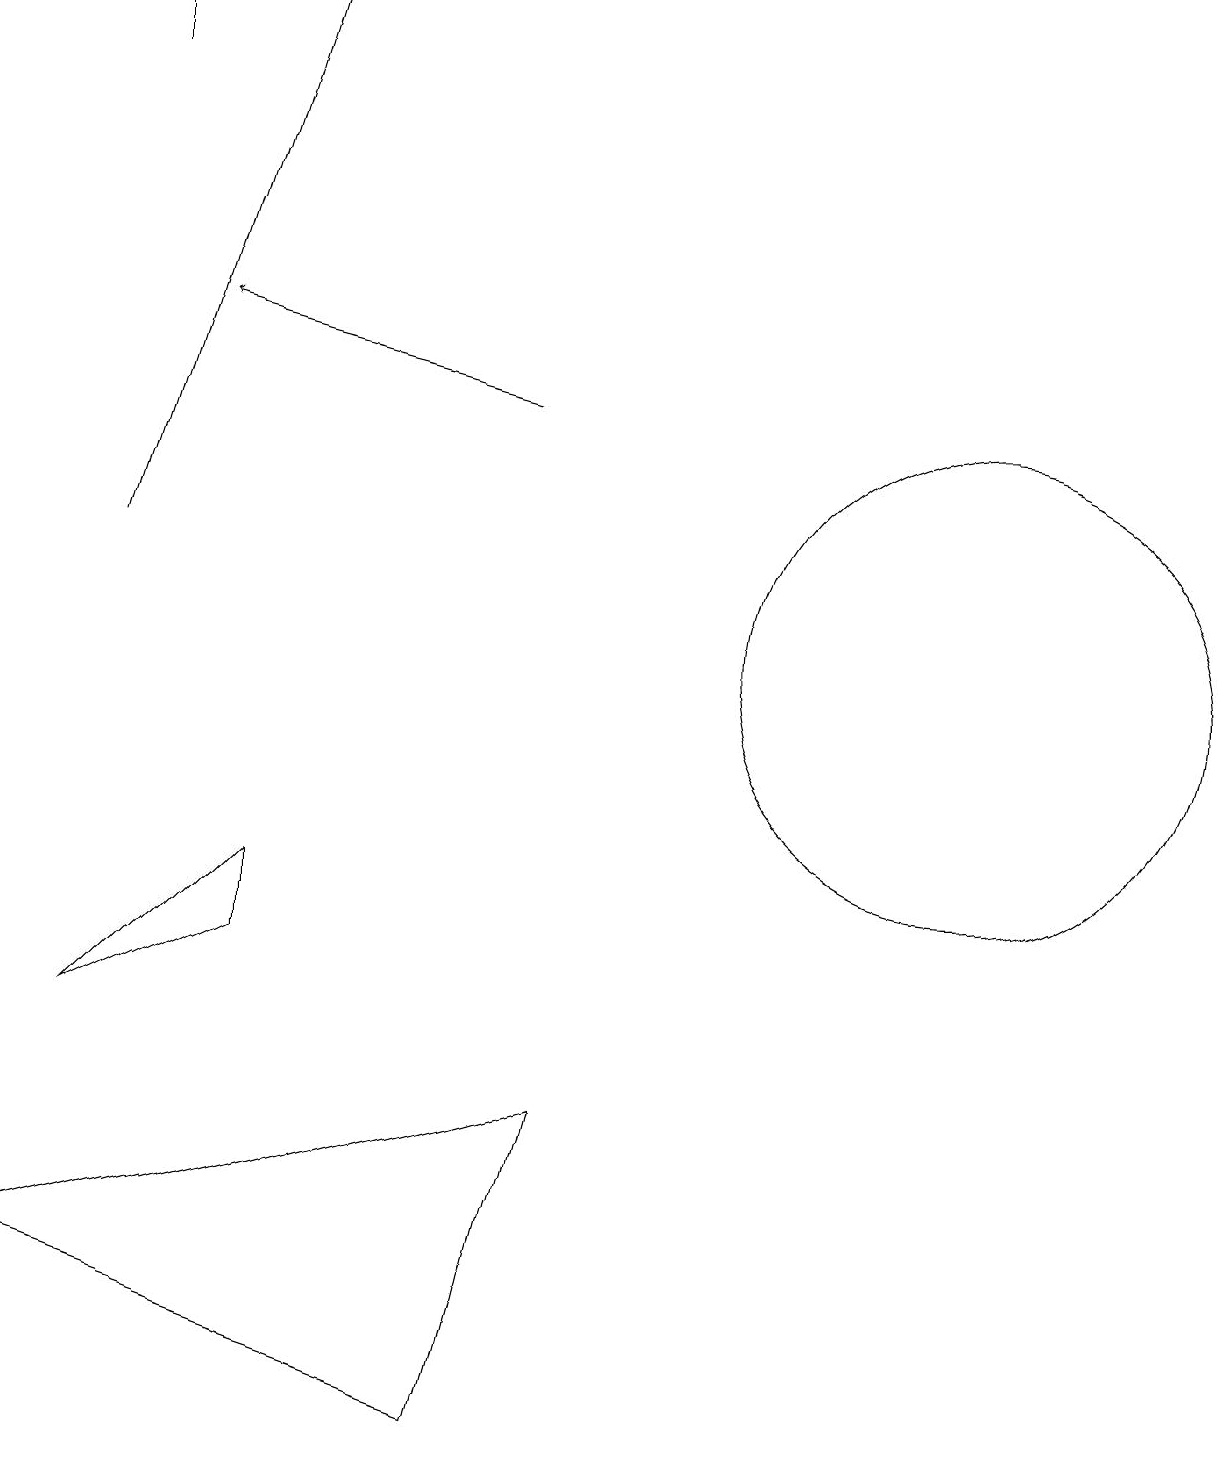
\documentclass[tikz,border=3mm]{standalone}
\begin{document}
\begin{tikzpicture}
\draw[->] (1,17) -- (1,18);
\draw (7,4) -- (0,2) -- (6,0) -- cycle;
\draw[->] (6,13) -- (2,14);
\draw[->] (1,11) -- (3,18);
\draw (1,5) -- (3,6) -- (3,7) -- cycle;
\draw (12,10) circle (3);
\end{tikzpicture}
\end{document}